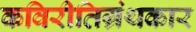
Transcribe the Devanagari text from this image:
कविरीतिग्रंथकार